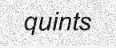
quints